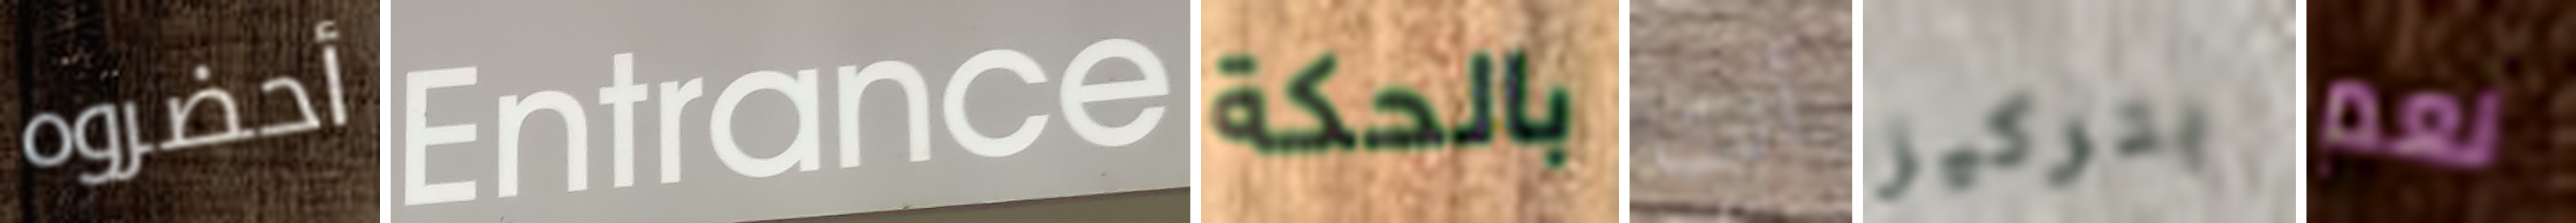
أحضروه Entrance بالحكة أنت بتركيز نعم